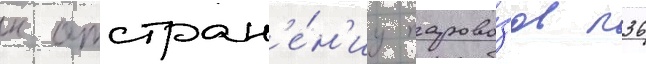
к отстран'е́н'иу парово́зов п36